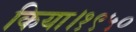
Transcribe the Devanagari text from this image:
किया।१९५०